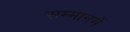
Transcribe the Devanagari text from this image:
सम्मानमें